Statistical return of the lunatic asylum in Assam - 1912-1932
Year: 1912
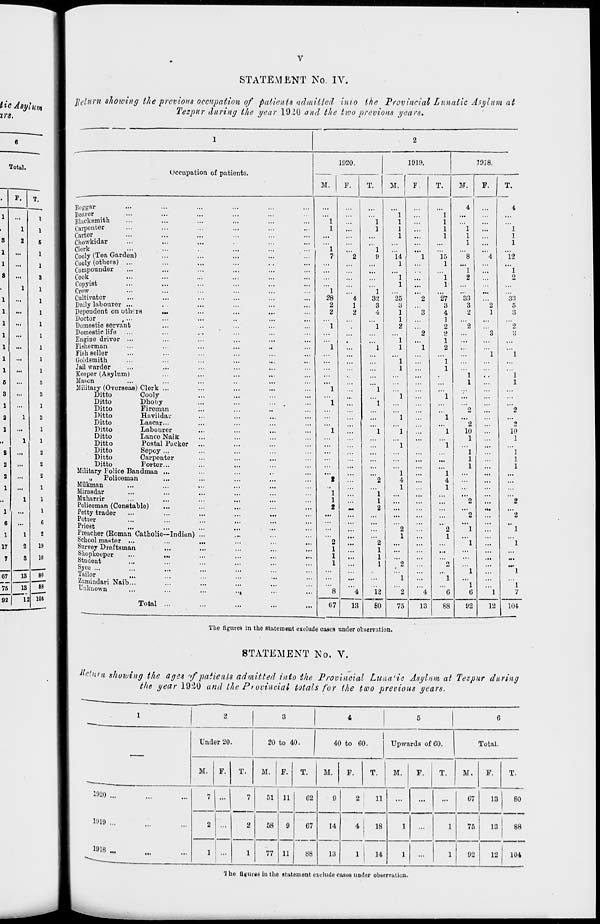
tic Asylum
irs.
Total.
• 1 F. T.
1
...
1
•
1
1
3
2
6
1
...
1
1
...
1
8
...
3
•
1
1
1
...
1
1
...
1
1
...
1
1
...
1
1
...
1
1
...
1
1
...
1
6
...
5
3
...
3
1
...
1
2
1
3
1
...
1
..
1
1
2
...
2
2
...
2
2
...
2
1
...
1
,i
1
1
1
...
1
6
...
6
1
1
2
17
2
19
7
3
10
67
13
BO
75
92
13
1
88
2 10*
STATEMENT No. IV.
llclnrn showing the previous occupation of patients admitted inio ike Provincial Lunatic Asylum at
Tezpur during the year 19.JU and the two previous years.
Occupation of patients.
Beggar
...
Beaior
...
Blacksmith
...
Carpoiitor
...
Carter
...
Chowkidar
...
Clerk
Cooly (Tea Garden)
...
Cooly (others) ...
...
Compounder
...
Cook
...
Copyist
...
Crew
...
Cultivator
...
Daily labourer ...
. .
Dependent on oth< rs
•*.
Doctor
t ...
...
Doraostic sorv&nt
Domestic life ....
Engine driver ...
...
Fisherman
Fish seller
...
Goldsmith
Jail warder
...
Keeper (Asylum)
Mason
Military (Overseas ) Clerk ...
Ditto
Cooly
Ditto
Dhoby
Ditto
Fireman
Ditto
Havildai"
Ditto
Lascar...
Ditto
Labourer
Ditto
Lanco Naik
Ditto
Postal Pucker
Ditto
Sepoy ...
Ditto
Carponter
Ditto
Forter...
Military Police Bandman ...
„
Policeman
Milkman
Mirasdar
Muharrir
Policeman (Constable)
Petty trader
Potter
Priest
Preacher (Roman Catholic—Indian)
School master ...
Survey Draftsman
Shopkeeper
...
...
Student
Syce ...
'Mor
Zamindari Naib...
Unknown
Total ...
1920.
M.
F.
T.
1910.
7918.
M.
1
28
2
2
07
13
1
32
3
4
12
"So
14 |
1
"l
1
25
3
1
1
2
" 1
1
"l
1
M.
F.
75
4
13
15
1
"l
1
"27
3
4
1
2
2
1
2
1
1
88
The figures in the Stuteineut exclude cases under observation.
STATEMENT No. V.
33
3
2
2
10
1
"1
1
1
92
12
1
1
1
"it
"1
33
5
3
"2
3
9
10
1
"l
1
1
2
*2
1
1
104
tieturn showing the ages 'f'patients admitted into the Provincial Luna'ic Asylum at Tezpur during
the year 19:20 and the Provincial totals for the two previous years.
1020
1»19 ...
1918
Under 20.
20 to 40.
40 to 60.
M.
F.
T.
M.
F.
T.
M.
F.
7
2
1
51 11
G2
58
77 11
G7
88
14
13
Upwards of GO.
T.
2
11
4 I
18
1
14
M.
F.
T.
Total.
M.
F.
07
13
80
75
13
92
'J he UgiuKS in tho statement exclude coses under obbervutiou.
88
12
104